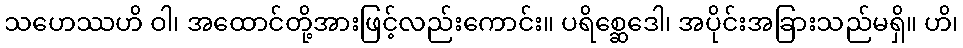
သဟေဿဟိ ဝါ၊ အထောင်တို့အားဖြင့်လည်းကောင်း။ ပရိစ္ဆေဒေါ၊ အပိုင်းအခြားသည်မရှိ။ ဟိ၊